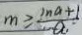
m \geqslant \frac { \ln a + 1 } { a . }